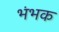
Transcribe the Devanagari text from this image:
भंभक